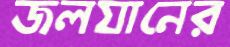
জলযানের